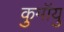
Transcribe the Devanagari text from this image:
कुमॉयु